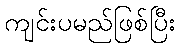
ကျင်းပမည်ဖြစ်ပြီး